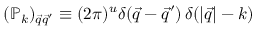
( \mathbb { P } _ { k } ) _ { { \vec { q } } { \vec { q } } ^ { \prime } } \equiv ( 2 \pi ) ^ { u } \delta ( { \vec { q } } - { \vec { q } } ^ { \prime } ) \, \delta ( | { \vec { q } } | - k )